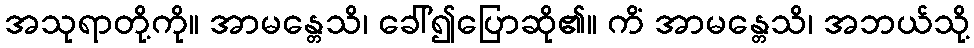
အသုရာတို့ကို။ အာမန္တေသိ၊ ခေါ်၍ပြောဆို၏။ ကိံ အာမန္တေသိ၊ အဘယ်သို့